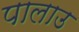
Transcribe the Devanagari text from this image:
पालाउ